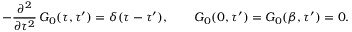
- \frac { \partial ^ { 2 } } { \partial \tau ^ { 2 } } \, G _ { 0 } ( \tau , \tau ^ { \prime } ) = \delta ( \tau - \tau ^ { \prime } ) , \qquad G _ { 0 } ( 0 , \tau ^ { \prime } ) = G _ { 0 } ( \beta , \tau ^ { \prime } ) = 0 .